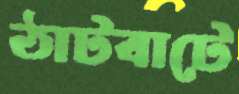
ঠাটবাটে